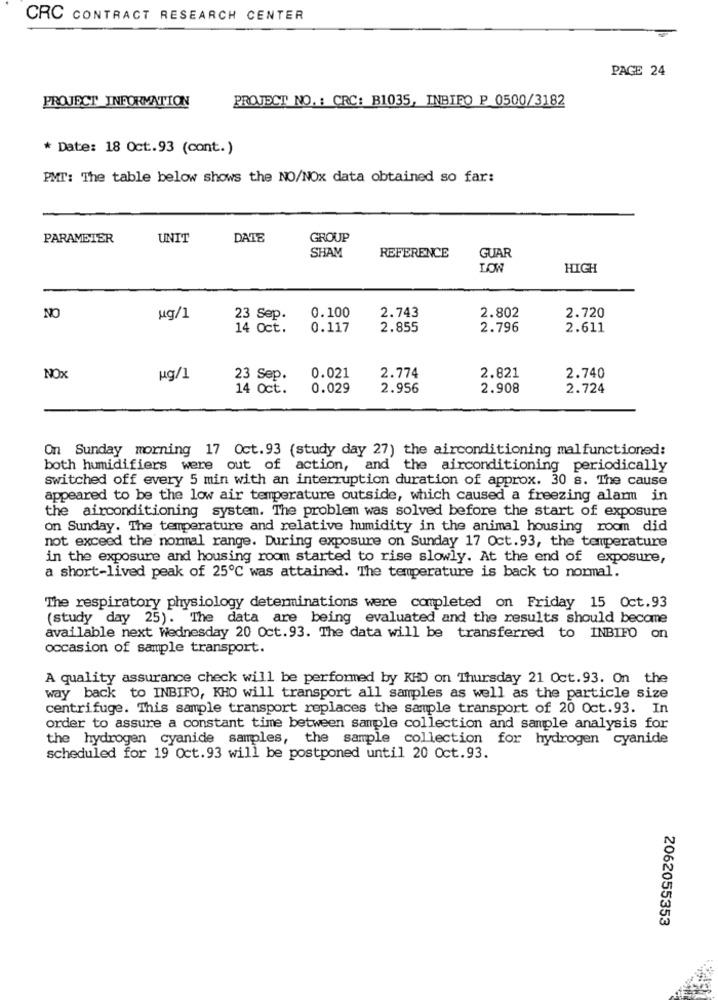
CRC CONTRACT RESEARCH CENTER
PAGE 24
PROJECT INFORMATION
PROJECT NO. : CRC: B1035, INBIFO P 0500/3182
* Date: 18 Oct.93 (cont.)
PMT: The table below shows the NO/NOx data obtained so far:
PARAMETER
UNIT
DATE
GROUP
SHAM
REFERENCE
GUAR
LOW
HIGH
0.100
2.743
2.802
NO
ug/1
23 Sep.
2.720
14 Oct.
0.117
2.855
2.796
2.611
2.821
NOX
ug/1
23 Sep.
0.021
2.774
2.740
14 Oct.
0.029
2.956
2.908
2.724
On Sunday morning 17 Oct.93 (study day 27) the airconditioning malfunctioned:
both humidifiers were out of action, and the airconditioning periodically
switched off every 5 min with an interruption duration of approx. 30 s. The cause
appeared to be the low air temperature outside, which caused a freezing alarm in
the airconditioning system. The problem was solved before the start of exposure
on Sunday. The temperature and relative humidity in the animal housing room did
not exceed the normal range. During exposure on Sunday 17 Oct.93, the temperature
in the exposure and housing room started to rise slowly. At the end of exposure,
a short-lived peak of 25℃ was attained. The temperature is back to normal.
The respiratory physiology determinations were completed on Friday 15 Oct.93
(study day 25). The data are being evaluated and the results should become
available next Wednesday 20 Oct. 93. The data will be transferred to INBIFO on
occasion of sample transport.
A quality assurance check will be performed by RHO on Thursday 21 Oct. 93. On the
way back to INBIFO, KHO will transport all samples as well as the particle size
centrifuge. This sample transport replaces the sample transport of 20 Oct.93. In
order to assure a constant time between sample collection and sample analysis for
the hydrogen cyanide samples, the sample collection for hydrogen cyanide
scheduled for 19 Oct.93 will be postponed until 20 Oct.93.
2062055353